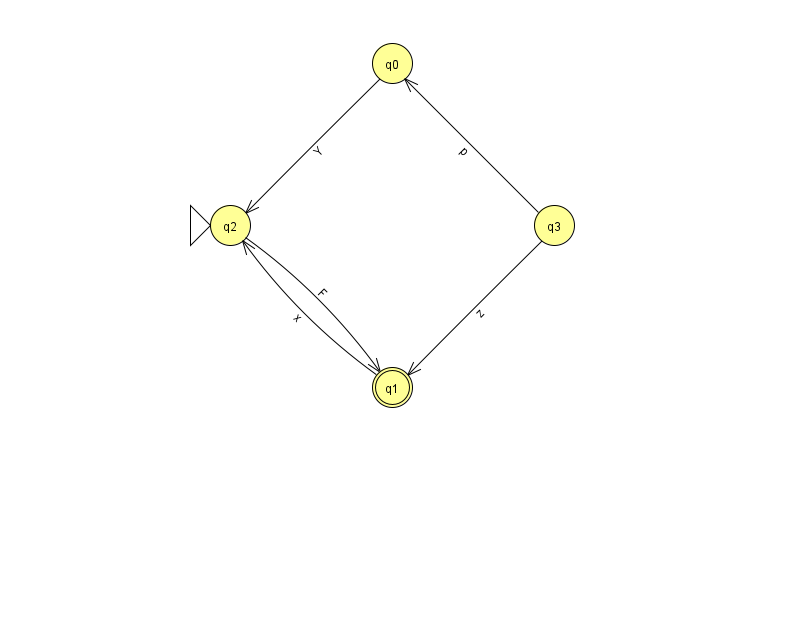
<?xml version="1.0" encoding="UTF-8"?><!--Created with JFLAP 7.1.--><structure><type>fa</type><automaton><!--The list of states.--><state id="0" name="q0"><x>392.0</x><y>50.0</y></state><state id="1" name="q1"><x>392.0</x><y>374.0</y><final/></state><state id="2" name="q2"><x>230.0</x><y>212.0</y><initial/></state><state id="3" name="q3"><x>554.0</x><y>212.0</y></state><!--The list of transitions.--><transition><from>2</from><to>1</to><read>F</read></transition><transition><from>0</from><to>2</to><read>Y</read></transition><transition><from>3</from><to>1</to><read>z</read></transition><transition><from>1</from><to>2</to><read>x</read></transition><transition><from>3</from><to>0</to><read>p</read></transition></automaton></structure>